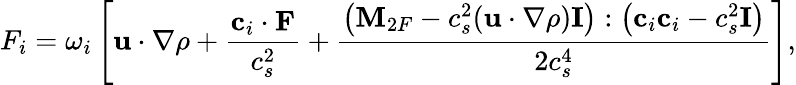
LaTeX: F_{i}=\omega_{i}\left[\mathbf{u}\cdot\nabla\rho+\frac{\mathbf{c}_{i}\cdot\mathbf{F}}{c_{s}^{2}}+\frac{\left(\mathbf{M}_{2F}-c_{s}^{2}(\mathbf{u}\cdot\nabla\rho)\mathbf{I}\right):\left(\mathbf{c}_{i}\mathbf{c}_{i}-c_{s}^{2}\mathbf{I}\right)}{2c_{s}^{4}}\right],